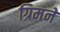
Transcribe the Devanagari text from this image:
ग्रिमने